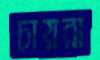
চায়রা